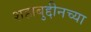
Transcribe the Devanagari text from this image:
शहाबुद्दीनच्या